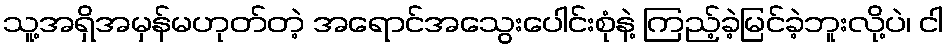
သူ့အရှိအမှန်မဟုတ်တဲ့ အရောင်အသွေးပေါင်းစုံနဲ့ ကြည့်ခဲ့မြင်ခဲ့ဘူးလို့ပဲ၊ ငါ